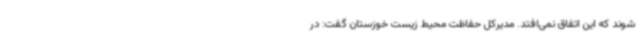
شوند که این اتفاق نمی‌افتد. مدیرکل حفاظت محیط زیست خوزستان گفت: در